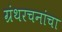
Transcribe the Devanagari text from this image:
ग्रंथरचनांचा